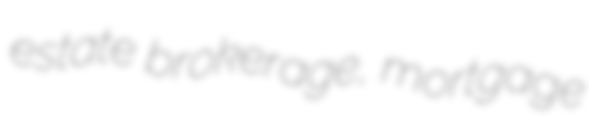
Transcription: estate brokerage, mortgage